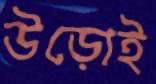
উড়োই